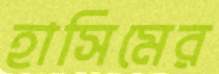
হাসিমের